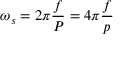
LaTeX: \omega _ { s } = 2 \pi { \frac { f } { P } } = 4 \pi { \frac { f } { p } }